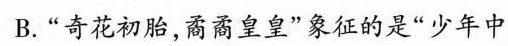
B.”奇花初胎，裔裔皇皇”象征的是”少年中